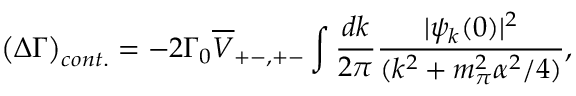
\big ( \Delta \Gamma \big ) _ { c o n t . } = - 2 \Gamma _ { 0 } \overline { { V } } _ { + - , + - } \int \frac { d k } { 2 \pi } \frac { \vert \psi _ { k } ( 0 ) \vert ^ { 2 } } { ( k ^ { 2 } + m _ { \pi } ^ { 2 } \alpha ^ { 2 } / 4 ) } ,